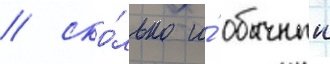
/ ско́лько и́ обычныи